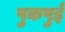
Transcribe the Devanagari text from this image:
पुकपुई